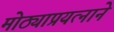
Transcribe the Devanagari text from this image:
मोठ्याप्रयत्नाने